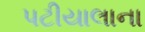
પટીયાલાના